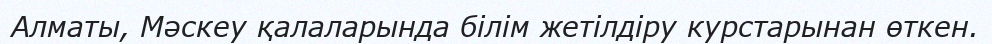
Алматы, Мәскеу қалаларында білім жетілдіру курстарынан өткен.